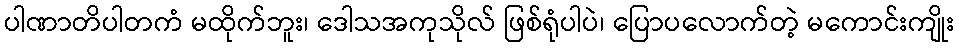
ပါဏာတိပါတကံ မထိုက်ဘူး၊ ဒေါသအကုသိုလ် ဖြစ်ရုံပါပဲ၊ ပြောပလောက်တဲ့ မကောင်းကျိုး